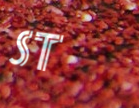
St